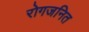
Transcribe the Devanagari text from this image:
रोगजनित